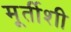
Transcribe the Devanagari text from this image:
मूर्तीशी